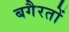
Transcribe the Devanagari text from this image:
बगैरतों